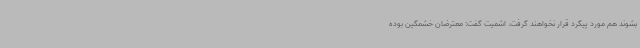
بشوند هم مورد پیگرد قرار نخواهند گرفت. اشمیت گفت: معترضان خشمگین بوده